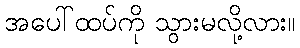
အပေါ်ထပ်ကို သွားမလို့လား။